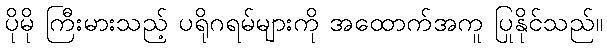
ပိုမို ကြီးမားသည့် ပရိုဂရမ်များကို အထောက်အကူ ပြုနိုင်သည်။